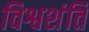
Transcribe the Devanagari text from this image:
विश्वशंति